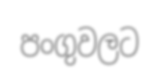
පංගුවලට